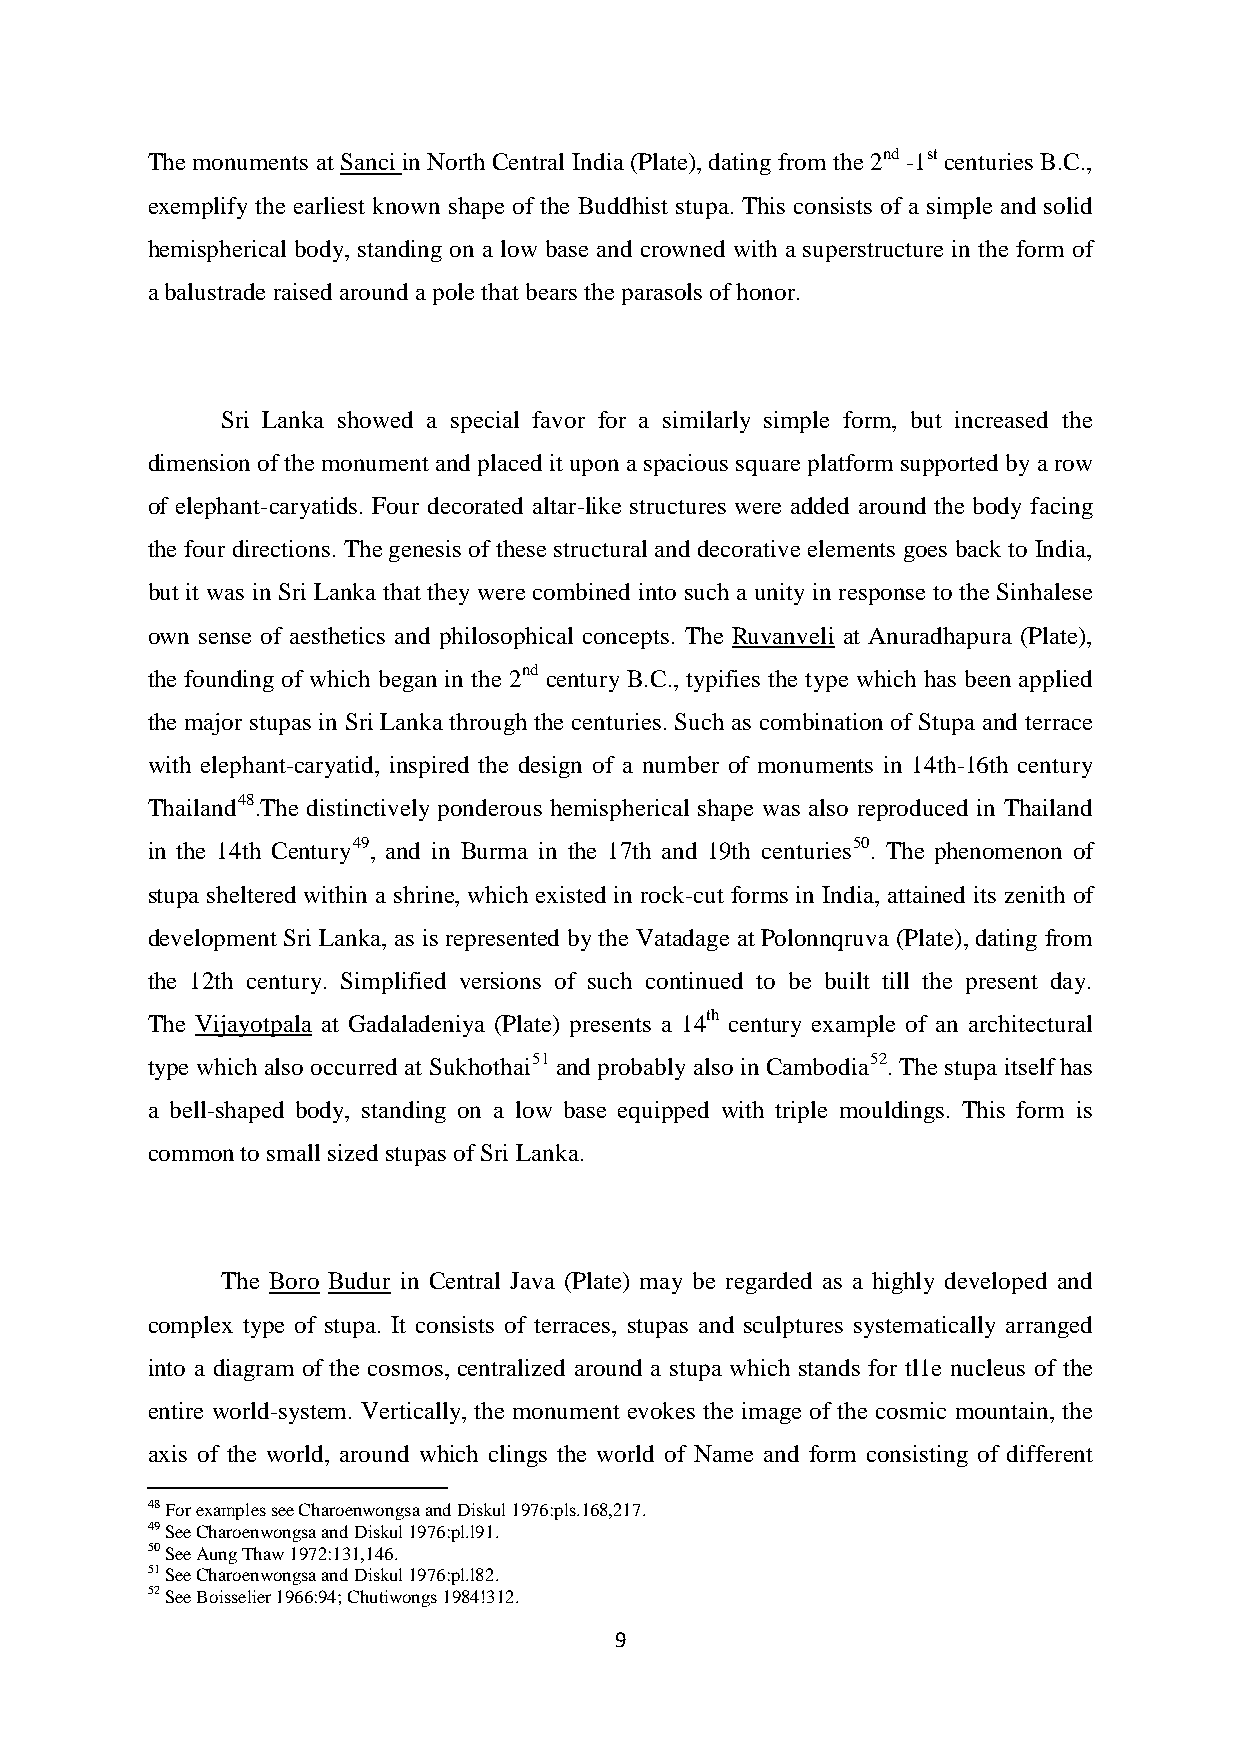
The monuments at Sanci in North Central India (Plate), dating from the 2nd -1st centuries B.C.,
 exemplify the earliest known shape of the Buddhist stupa. This consists of a simple and solid
 hemispherical body, standing on a low base and crowned with a superstructure in the form of
 a balustrade raised around a pole that bears the parasols of honor.
 Sri Lanka showed a special favor for a similarly simple form, but increased the
 dimension of the monument and placed it upon a spacious square platform supported by a row
 of elephant-caryatids. Four decorated altar-like structures were added around the body facing
 the four directions. The genesis of these structural and decorative elements goes back to India,
 but it was in Sri Lanka that they were combined into such a unity in response to the Sinhalese
 own sense of aesthetics and philosophical concepts. The Ruvanveli at Anuradhapura (Plate),
 the founding of which began in the 2nd century B.C., typifies the type which has been applied
 the major stupas in Sri Lanka through the centuries. Such as combination of Stupa and terrace
 with elephant-caryatid, inspired the design of a number of monuments in 14th-16th century
 Thailand48.The distinctively ponderous hemispherical shape was also reproduced in Thailand
 in the 14th Century49, and in Burma in the 17th and 19th centuries50. The phenomenon of
 stupa sheltered within a shrine, which existed in rock-cut forms in India, attained its zenith of
 development Sri Lanka, as is represented by the Vatadage at Polonnqruva (Plate), dating from
 the 12th century. Simplified versions of such continued to be built till the present day.
 The Vijayotpala at Gadaladeniya (Plate) presents a 14th century example of an architectural
 type which also occurred at Sukhothai51 and probably also in Cambodia52. The stupa itself has
 a bell-shaped body, standing on a low base equipped with triple mouldings. This form is
 common to small sized stupas of Sri Lanka.
 The Boro Budur in Central Java (Plate) may be regarded as a highly developed and
 complex type of stupa. It consists of terraces, stupas and sculptures systematically arranged
 into a diagram of the cosmos, centralized around a stupa which stands for tl1e nucleus of the
 entire world-system. Vertically, the monument evokes the image of the cosmic mountain, the
 axis of the world, around which clings the world of Name and form consisting of different
 48 For examples see Charoenwongsa and Diskul 1976:pls.168,217.
 49 See Charoenwongsa and Diskul 1976:pl.l91.
 50 See Aung Thaw 1972:131,146.
 51 See Charoenwongsa and Diskul 1976:pl.l82.
 52 See Boisselier 1966:94; Chutiwongs 1984!312.
 9